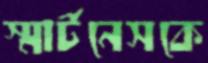
স্মার্টনেসকে